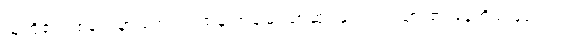
သူတို့၏ ပစ်မှတ်မှာ ကျောင်းထဲမှ အချမ်းသာဆုံး ကျောင်းသား၏ နေအိမ် ဖြစ်သည်။